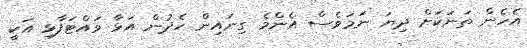
އެހެން ތަނަކަށް ދިޔަ ނަމަވެސް އެންމެ ގިނައިން ހެދުން އަޅާ ވައްޓަފާޅި އަކީ